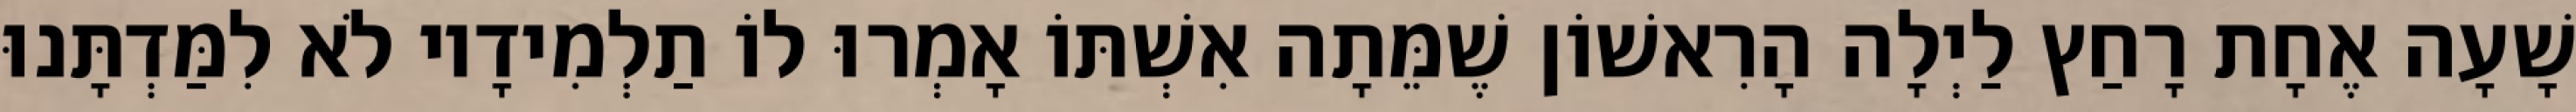
שָׁעָה אֶחָת רָחַץ לַיְלָה הָרִאשׁוֹן שֶׁמֵּתָה אִשְׁתּוֹ אָמְרוּ לוֹ תַלְמִידָיו לֹא לִמַּדְתָּנוּ